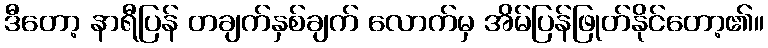
ဒီတော့ နာရီပြန် တချက်နှစ်ချက် လောက်မှ အိမ်ပြန်ဖြုတ်နိုင်တော့၏။